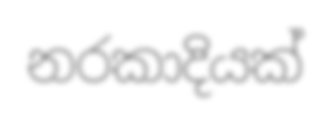
නරකාදියක්